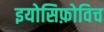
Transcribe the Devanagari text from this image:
इयोसिफ़ोविच